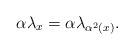
LaTeX: \begin{align*}\alpha\lambda_{x}=\alpha\lambda_{\alpha^{2}(x)}.\end{align*}